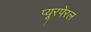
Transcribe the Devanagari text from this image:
प्यूरपेरल